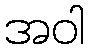
အဝါ